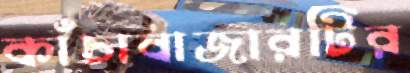
কাঁচাবাজারটির